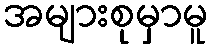
အများစုမှာမူ